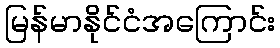
မြန်မာနိုင်ငံအကြောင်း